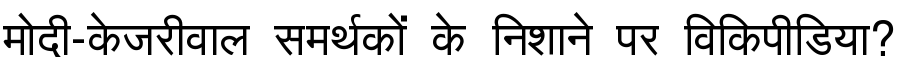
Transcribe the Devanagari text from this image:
मोदी-केजरीवाल समर्थकों के निशाने पर विकिपीडिया?